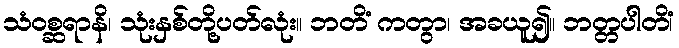
သံဝစ္ဆရာနိ၊ သုံးနှစ်တို့ပတ်လုံး။ ဘတိံ ကတွာ၊ အခယူ၍။ ဘတ္တပါတိံ၊